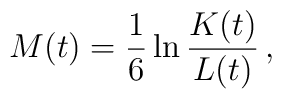
M(t)=\frac{1}{6}\ln \frac{K(t)}{L(t)}\, ,